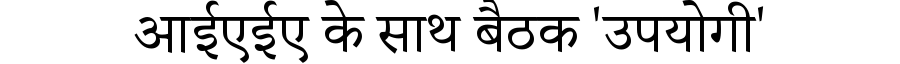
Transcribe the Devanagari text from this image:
आईएईए के साथ बैठक 'उपयोगी'